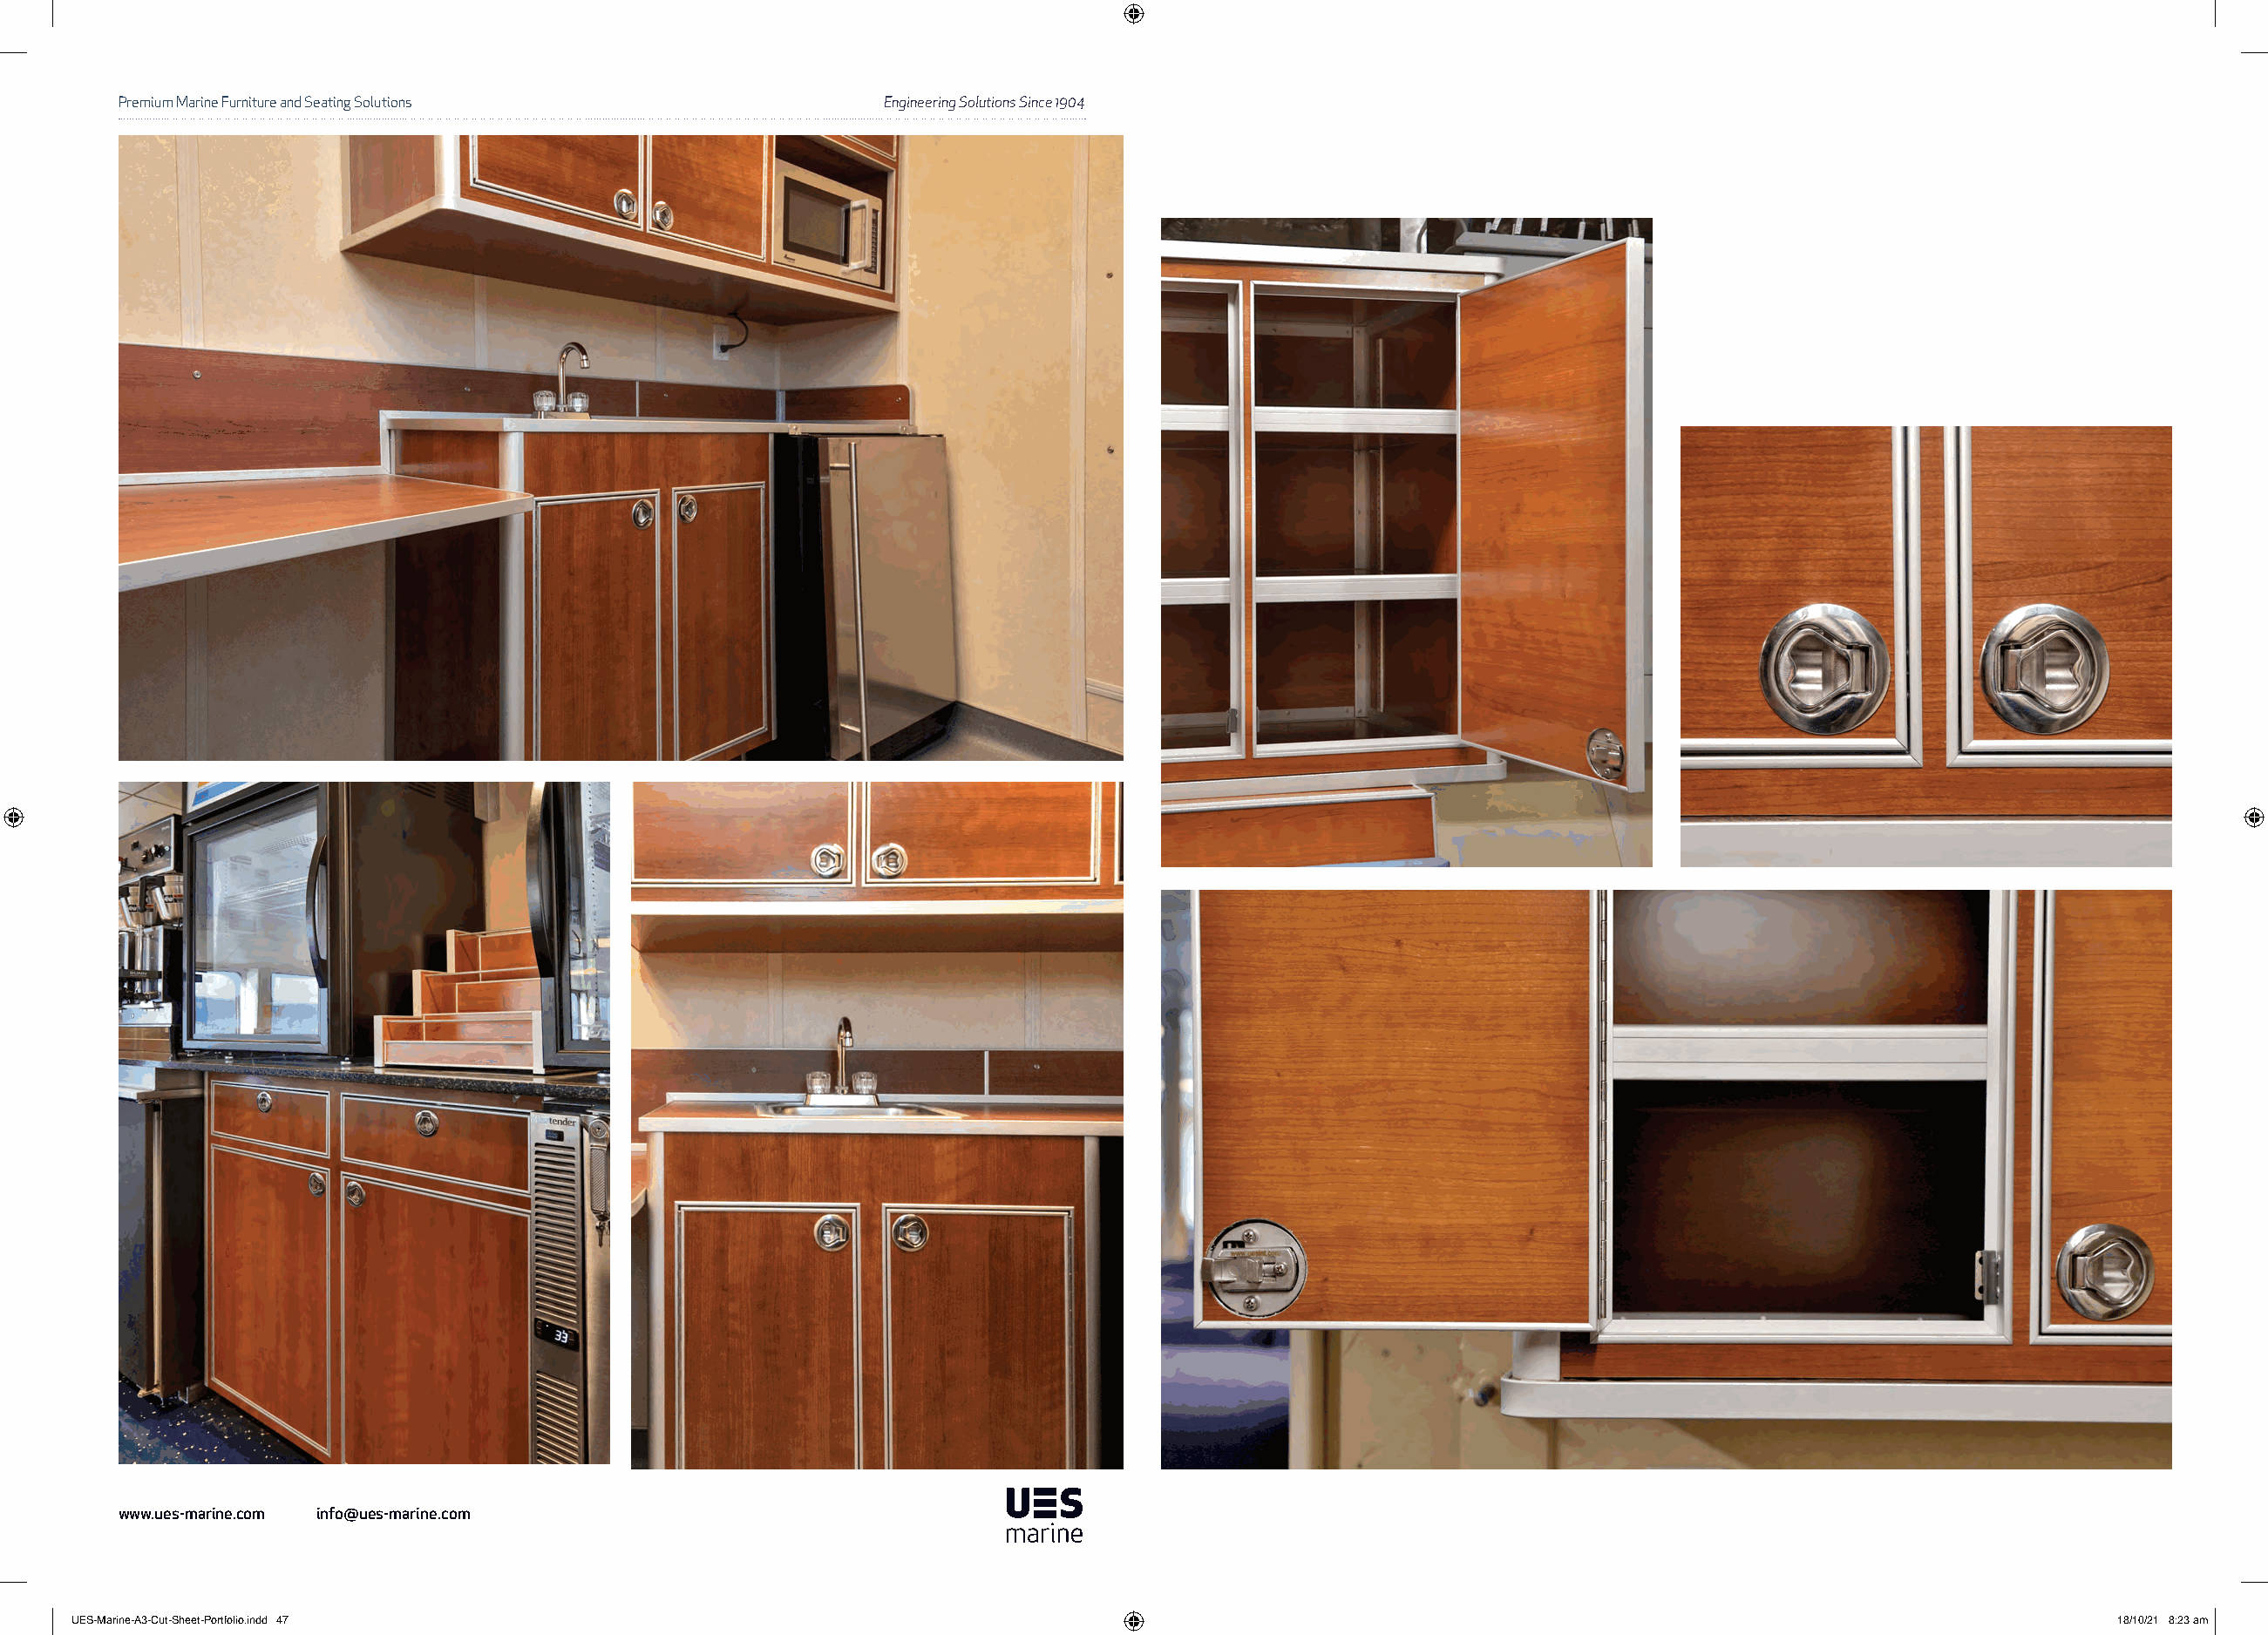
Premium Marine Furniture and Seating Solutions            Engineering Solutions Since 1904
 www.ues-marine.com info@ues-marine.com
 UUEESS--MMaarriinnee--AA33--CCuutt--SShheeeett--PPoorrttffoolliioo..iinndddd 4477                                                                           1188//1100//2211 88::2233 aamm